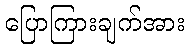
ပြောကြားချက်အား